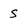
Character: S